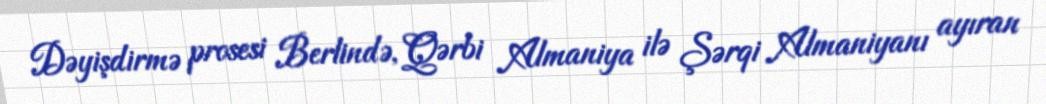
Dəyişdirmə prosesi Berlində, Qərbi Almaniya ilə Şərqi Almaniyanı ayıran